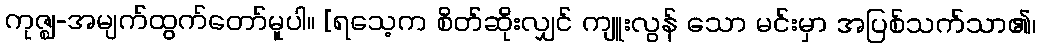
ကုဇ္ဈ-အမျက်ထွက်တော်မူပါ။ [ရသေ့က စိတ်ဆိုးလျှင် ကျူးလွန် သော မင်းမှာ အပြစ်သက်သာ၏၊